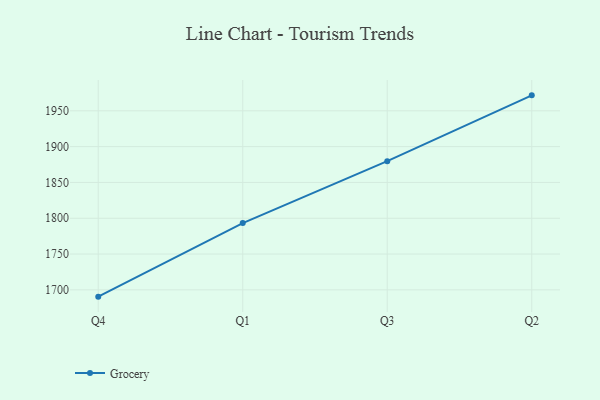
{"axis": {"x": "Quarter", "y": "Customer Acquisition Cost (USD)"}, "legend": ["Grocery"], "data": [{"x": "Q4", "y": 1690.5, "type": "Grocery"}, {"x": "Q1", "y": 1793.2, "type": "Grocery"}, {"x": "Q3", "y": 1879.7, "type": "Grocery"}, {"x": "Q2", "y": 1971.6, "type": "Grocery"}]}